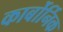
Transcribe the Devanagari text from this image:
कार्बोर्निक